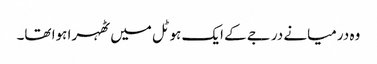
وہ درمیانے درجے کے ایک ہوٹل میں ٹھہرا ہوا تھا۔